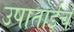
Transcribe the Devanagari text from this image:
उषाताईंचे